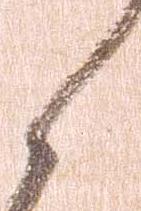
く